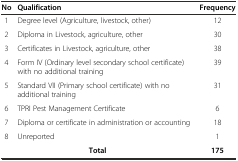
<table><thead><tr><td><b>No</b></td><td><b>Qualification</b></td><td><b>Frequency</b></td></tr></thead><tbody><tr><td> 1</td><td>Degree level (Agriculture, livestock, other)</td><td>12</td></tr><tr><td> 2</td><td>Diploma in Livestock, agriculture, other</td><td>30</td></tr><tr><td> 3</td><td>Certificates in Livestock, agriculture, other</td><td>38</td></tr><tr><td> 4</td><td>Form IV (Ordinary level secondary school certificate) with no additional training</td><td>39</td></tr><tr><td> 5</td><td>Standard VII (Primary school certificate) with no additional training</td><td>31</td></tr><tr><td> 6</td><td>TPRI Pest Management Certificate</td><td>6</td></tr><tr><td> 7</td><td>Diploma or certificate in administration or accounting</td><td>18</td></tr><tr><td> 8</td><td>Unreported</td><td>1</td></tr><tr><td></td><td><b>Total</b></td><td><b>175</b></td></tr></tbody></table>